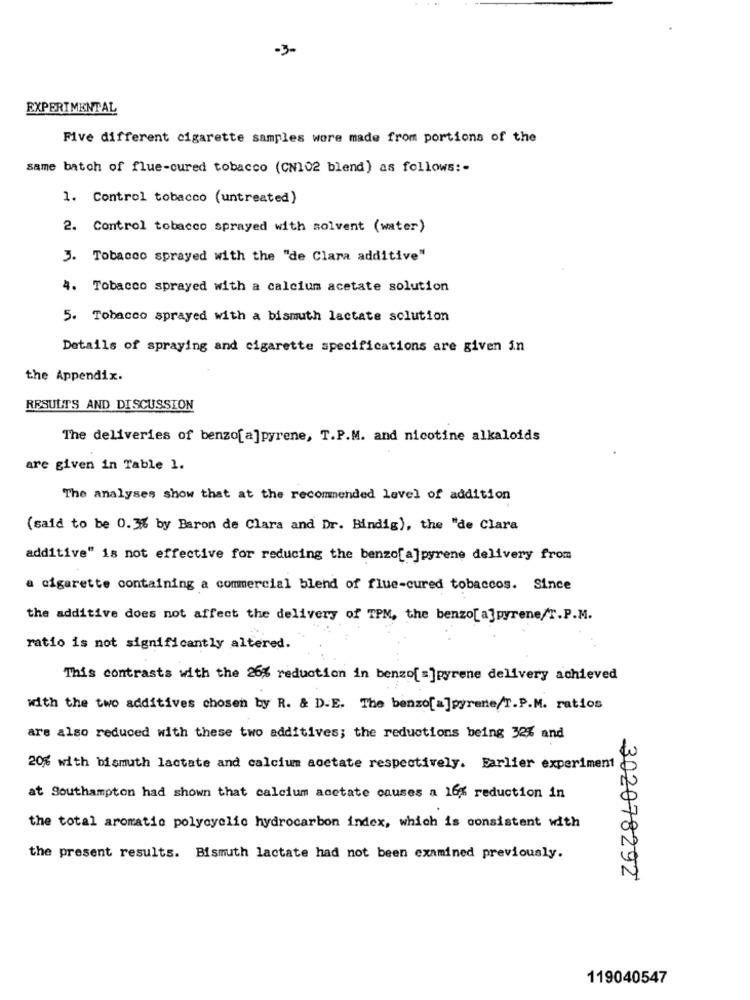
-3-
EXPERIMENTAL
Five different cigarette samples were made from portions of the
same batch of flue-cured tobacco (CN102 blend) as follows :-
1. Control tobacco (untreated)
2. Control tobacco sprayed with solvent (water)
3. Tobacco sprayed with the "de Clara additive"
4. Tobacco sprayed with a calcium acetate solution
5. Tobacco sprayed with a bismuth lactate solution
Details of spraying and cigarette specifications are given in
the Appendix.
RESULTS AND DISCUSSION
The deliveries of benzo[a]pyrene, T.P.M. and nicotine alkaloids
are given in Table 1.
The analyses show that at the recommended level of addition
(said to be 0.3% by Baron de Clara and Dr. Bindig), the "de Clara
additive" is not effective for reducing the benzo[a]pyrene delivery from
cigarette containing a commercial blend of flue-cured tobaccos. Since
the additive does not affect the delivery of TPM, the benzo[a]pyrene/T.P.M.
ratio is not significantly altered.
This contrasts with the 26% reduction in benzo[=]pyrene delivery achieved
with the two additives chosen by R. & D.E. The benzo[a]pyrene/T.P.M. ratios
are also reduced with these two additives; the reductions being 32% and
20% with bismuth lactate and calcium acetate respectively. Earlier experiment
at Southampton had shown that calcium acetate causes a 16% reduction in
the total aromatic polycyclic hydrocarbon index, which is consistent with
the present results. Bismuth lactate had not been examined previously.
302078292
119040547